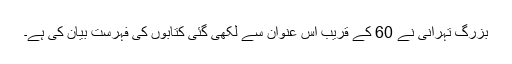
بزرگ تہرانی نے 60 کے قریب اس عنوان سے لکھی گئی کتابوں کی فہرست بیان کی ہے۔